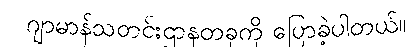
ဂျာမာန်သတင်းဌာနတခုကို ပြောခဲ့ပါတယ်။